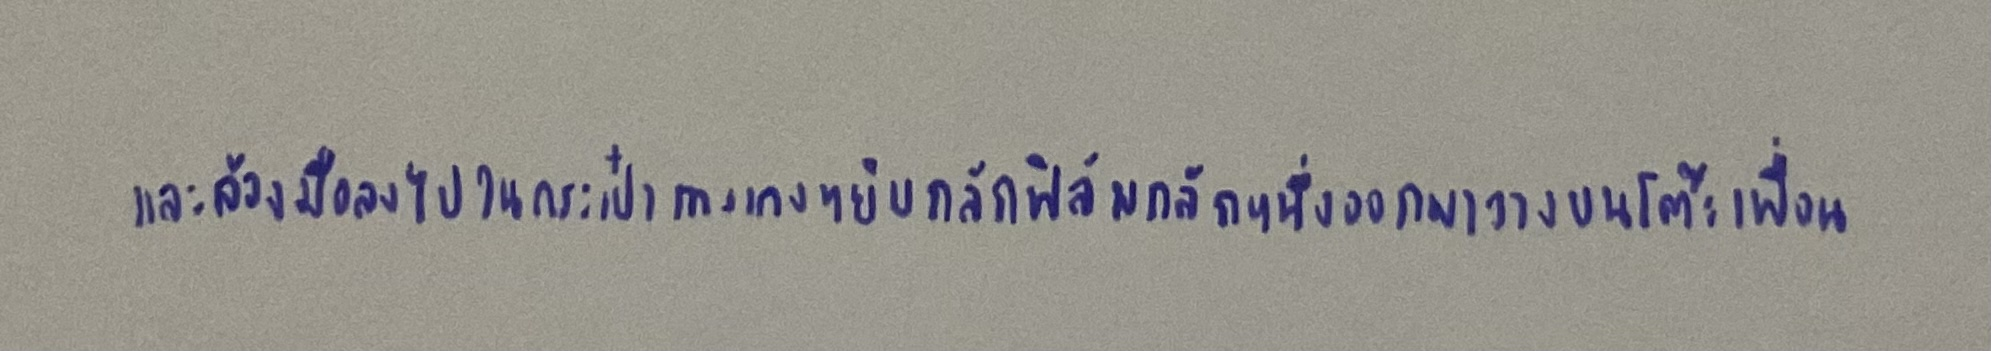
และล้วงมือลงไปในกระเป๋ากางเกงหยิบกลักฟิล์มกลักหนึ่งออกมาวางบนโต๊ะเพื่อน